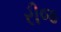
રીજ